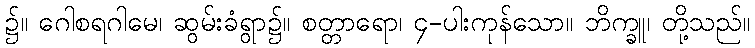
၌။ ဂေါစရဂါမေ၊ ဆွမ်းခံရွာ၌။ စတ္တာရော၊ ၄-ပါးကုန်သော။ ဘိက္ခူ၊ တို့သည်။